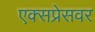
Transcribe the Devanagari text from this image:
एक्सप्रेसवर